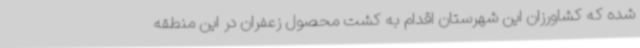
شده که کشاورزان این شهرستان اقدام به کشت محصول زعفران در این منطقه